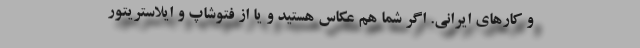
و کارهای ایرانی. اگر شما هم عکاس هستید و یا از فتوشاپ و ایلاستریتور